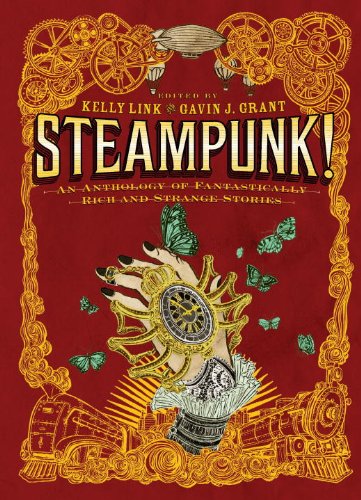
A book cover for Steampunk! An Anthology of Fantastically Rich and Strange Stories; Teen & Young Adult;